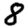
Digit: 8